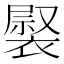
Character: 𧛽